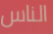
الناس